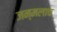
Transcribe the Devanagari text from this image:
जन्मलाच